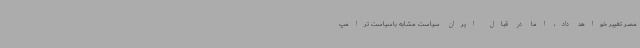
مصر تغییر خواهد داد، اما در قبال ایران سیاست مشابه باسیاست ترامپ